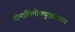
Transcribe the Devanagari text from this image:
तोनालिमोक्युत्झायान